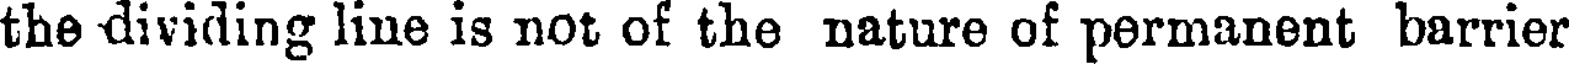
the dividing line is not of the nature of permanent barrier